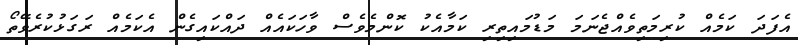
އެފަދަ ކަމެއް ކުރިމަތިވެއްޖެނަމަ މަޑުމައިތިރި ކަމާއެކު ކޮންމެވެސް ވާހަކައެއް ދައްކައިގެން އެކަމެއް ރަގަޅުކުރެވޭތޯ